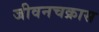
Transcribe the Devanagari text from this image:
जीवनचक्रास